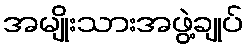
အမျိုးသားအဖွဲ့ချုပ်